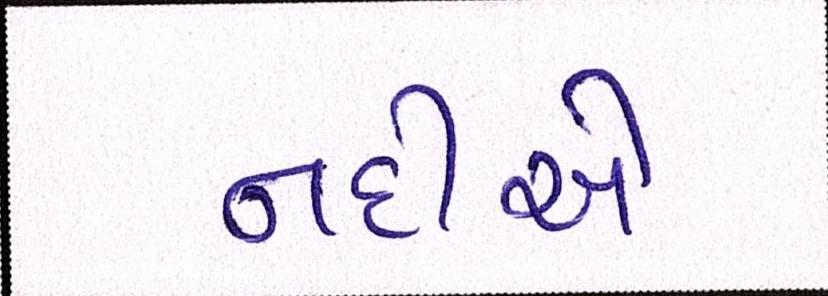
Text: નદીએ